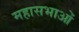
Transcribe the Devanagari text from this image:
महासभाओं